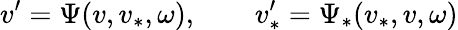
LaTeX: v^{\prime}=\Psi(v,v_{\ast},\omega),\qquad v_{\ast}^{\prime}=\Psi_{\ast}(v_{\ast},v,\omega)